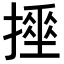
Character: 𢴹